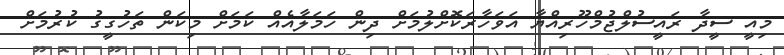
މިއީ ސީދާ ރައީސުލްޖުމްްހޫރިއްޔާ އަވަހާރަކޮށްލުމަށް ދިން ހަމަލާއެއް ކަމަށް މިކަން ތަހުގީގު ކުރުމަށް